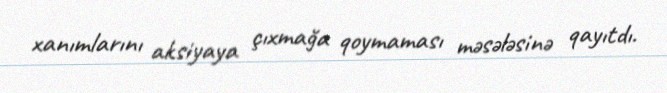
xanımlarını aksiyaya çıxmağa qoymaması məsələsinə qayıtdı.